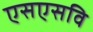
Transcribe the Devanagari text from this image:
एसएसवि